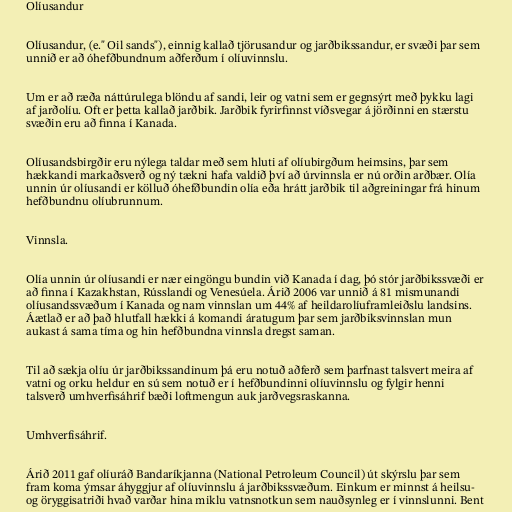
Olíusandur

Olíusandur, (e." Oil sands"), einnig kallað tjörusandur og jarðbikssandur, er svæði þar sem
unnið er að óhefðbundnum aðferðum í olíuvinnslu.

Um er að ræða náttúrulega blöndu af sandi, leir og vatni sem er gegnsýrt með þykku lagi
af jarðolíu. Oft er þetta kallað jarðbik. Jarðbik fyrirfinnst víðsvegar á jörðinni en stærstu
svæðin eru að finna í Kanada.

Olíusandsbirgðir eru nýlega taldar með sem hluti af olíubirgðum heimsins, þar sem
hækkandi markaðsverð og ný tækni hafa valdið því að úrvinnsla er nú orðin arðbær. Olía
unnin úr olíusandi er kölluð óhefðbundin olía eða hrátt jarðbik til aðgreiningar frá hinum
hefðbundnu olíubrunnum.

Vinnsla.

Olía unnin úr olíusandi er nær eingöngu bundin við Kanada í dag, þó stór jarðbikssvæði er
að finna í Kazakhstan, Rússlandi og Venesúela. Árið 2006 var unnið á 81 mismunandi
olíusandssvæðum í Kanada og nam vinnslan um 44% af heildarolíuframleiðslu landsins.
Áætlað er að það hlutfall hækki á komandi áratugum þar sem jarðbiksvinnslan mun
aukast á sama tíma og hin hefðbundna vinnsla dregst saman.

Til að sækja olíu úr jarðbikssandinum þá eru notuð aðferð sem þarfnast talsvert meira af
vatni og orku heldur en sú sem notuð er í hefðbundinni olíuvinnslu og fylgir henni
talsverð umhverfisáhrif bæði loftmengun auk jarðvegsraskanna.

Umhverfisáhrif.

Árið 2011 gaf olíuráð Bandaríkjanna (National Petroleum Council) út skýrslu þar sem
fram koma ýmsar áhyggjur af olíuvinnslu á jarðbikssvæðum. Einkum er minnst á heilsu-
og öryggisatriði hvað varðar hina miklu vatnsnotkun sem nauðsynleg er í vinnslunni. Bent